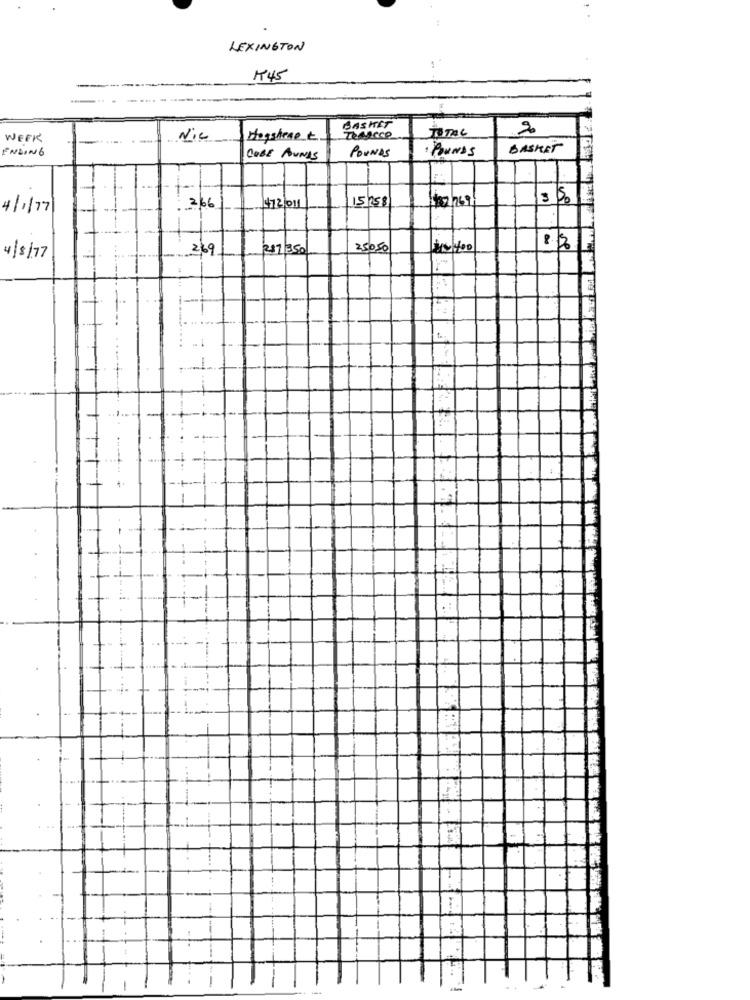
LEXINGTON
K45
BASKET
TOTAL
2
WEEK
Nie
Hogsheart
ENDING
POUNDS
1 POUNDS
BASKET
CUBE PUNIS
15258
4/1/77
266
$12/011
269
$7 350
250,50
4/8/77
..........
1
-------